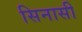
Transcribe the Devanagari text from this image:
सिनासी